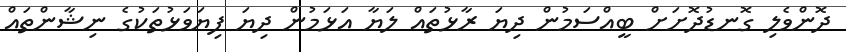
ދޮންވެލި ގޮނޑުދޮށަށް ބީއްސަމުން ދިޔަ ރާޅުތައް ލަޔާ އަޅަމުން ދިޔަ ފިޔަވަޅުތަކުގެ ނިޝާންތައް